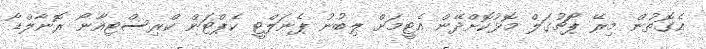
އެގޮތުން މިރޭ ޕޯޗުގަލް މޮޅުކޮށްދޭން އެޓީމަށް ލިބުނު ޕެނަލްޓީ ކެޕްޓަން ކްރިސްޓިއާނޯ ރޮނާލްޑޯ